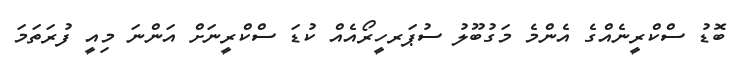
ބޮޑު ސްކްރީނެއްގެ އެންމެ މަގުބޫލު ސުޕަރހީރޯއެއް ކުޑަ ސްކްރީނަށް އަންނަ މިއީ ފުރަތަމަ